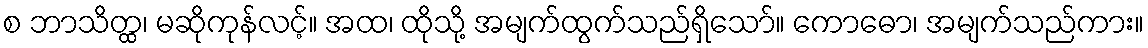
စ ဘာသိတ္ထ၊ မဆိုကုန်လင့်။ အထ၊ ထိုသို့ အမျက်ထွက်သည်ရှိသော်။ ကောဓော၊ အမျက်သည်ကား။